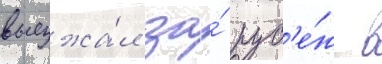
выезжа́л за́ руб'е́ж в